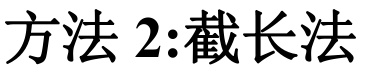
方法 2:截长法